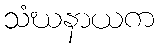
သံဃနာယက